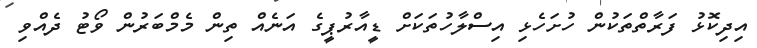
އިދިކޮޅު ފަރާތްތަކުން ހުށަހެޅި އިސްލާހުތަކަށް ޑީއާރުޕީގެ އަނެއް ތިން މެމްބަރުން ވޯޓު ދެއްވި